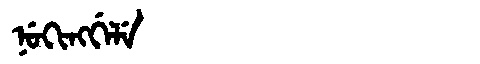
Manchu: ᠨᡠᡴᡳᠩᡤᡝᠯᡝ
Romanization: NUKINGGELE